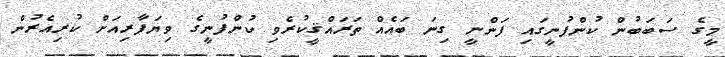
މީގެ ސަބަބުން ކުންފުނީގައި ފަންނީ ގިނަ ބައެއް ތަރައްޤީކުރެވި ކުންފުނީގެ ވިޔަފާރިއަށް ކުރިއެރުން